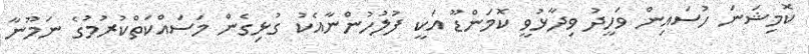
ކޮމިޝަނަ ހުސައިން ވަހީދު ވިދާޅުވީ ކޮމަންޑޫ އަކީ ފުލުހުންނާއެކު ގުޅިގެން މަސައްކަތްކުރުމުގެ ނަމޫނާ